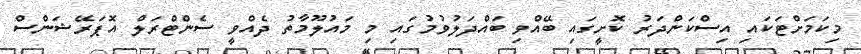
މިކަމަށްޓަކައި އިސްކަންދަރު ކޮށީގައި ބޭއްވި ބައްދަލުވުމުގައި މި މައުލޫމާތު ދެއްވީ ސެންޓްރަލް އޮޕަރޭޝަންސް